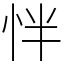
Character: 怑